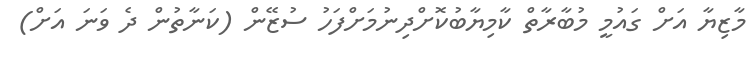
މާޒިޔާ އަށް ގައުމީ މުބާރާތް ކާމިޔާބުކޮށްދިނުމަށްފަހު ސުޒޭން (ކަނާތުން ދެ ވަނަ އަށް)